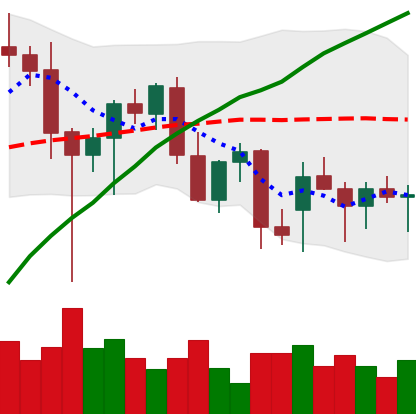
Ticker: ETH-USD
Chart end date: 2021-12-20
Forward return: 4.053%
Label: up_3_5